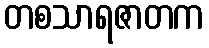
တစသာရဇာတက